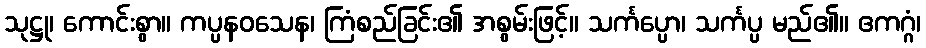
သုဋ္ဌု၊ ကောင်းစွာ။ ကပ္ပနဝသေန၊ ကြံစည်ခြင်း၏ အစွမ်းဖြင့်။ သင်္ကပ္ပော၊ သင်္ကပ္ပ မည်၏။ ဧကဂ္ဂံ၊